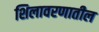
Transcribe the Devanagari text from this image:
शिलावरणातील